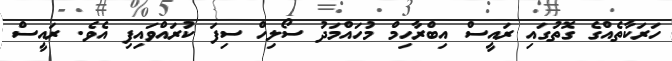
ހަރަކާތެއްގެ ގޮތުގައި ރައީސް އިބްރާހިމް މުހައްމަދު ސޯލިހް ސިފަ ކުރައްވައިފި އެވެ. ރައީސް